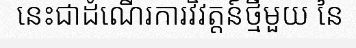
នេះជាដំណើរការវិវត្តន៍ថ្មីមួយ នៃ